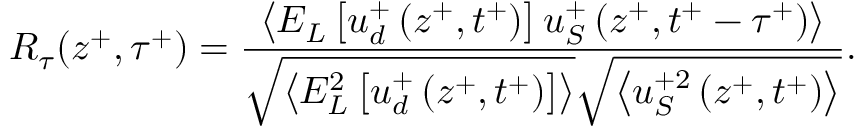
R _ { \tau } ( z ^ { + } , \tau ^ { + } ) = \frac { \left< E _ { L } \left[ u _ { d } ^ { + } \left( z ^ { + } , t ^ { + } \right) \right] u _ { S } ^ { + } \left( z ^ { + } , t ^ { + } - \tau ^ { + } \right) \right> } { \sqrt { \left< E _ { L } ^ { 2 } \left[ u _ { d } ^ { + } \left( z ^ { + } , t ^ { + } \right) \right] \right> } \sqrt { \left< u _ { S } ^ { + 2 } \left( z ^ { + } , t ^ { + } \right) \right> } } .